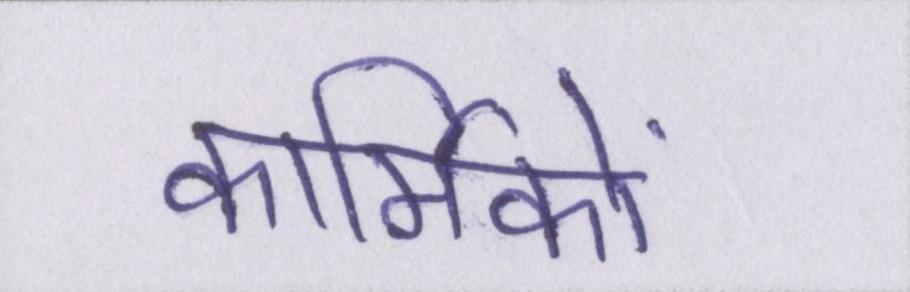
कार्मिकों